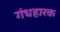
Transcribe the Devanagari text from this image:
गंधहारक